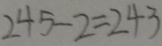
2 4 5 - 2 = 2 4 3